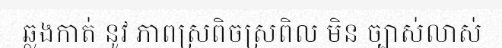
ឆ្លងកាត់ នូវ ភាពស្រពិចស្រពិល មិន ច្បាស់លាស់